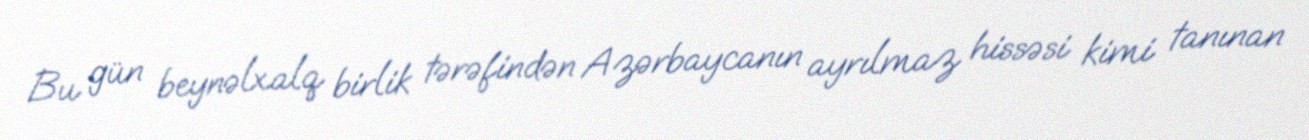
Bu gün beynəlxalq birlik tərəfindən Azərbaycanın ayrılmaz hissəsi kimi tanınan